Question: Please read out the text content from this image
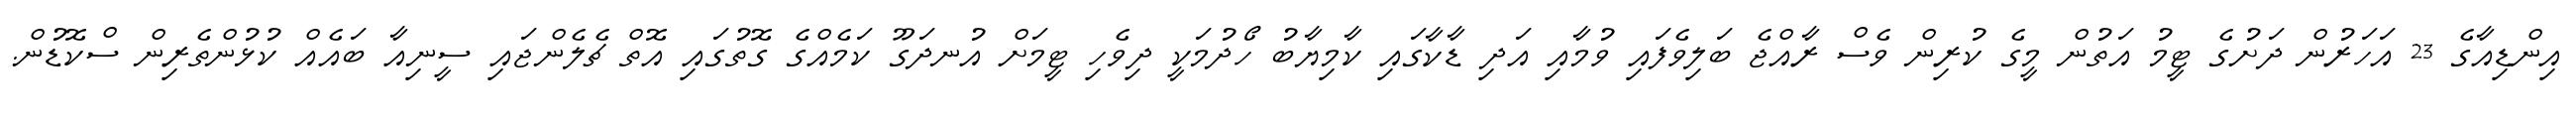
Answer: އިންޑިއާގެ 23 އަހަރުން ދަށުގެ ޓީމު އަތުން މީގެ ކުރިން ވެސް ރާއްޖެ ބަލިވެފައި ވުމާއި އަދި ޑާކާގައި ކާމިޔާބު ހޯދުމަކީ ދިވެހި ޓީމަށް އުނދަގޫ ކަމެއްގެ ގޮތުގައި އޮތް ޗެލެންޖައި ސީނިއާ ބައެއް ކުޅުންތެރިން ސްކޮޑުން.